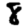
Digit: 8